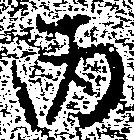
丙